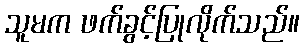
သူမက ဖက်ခွင့်ပြုလိုက်သည်။